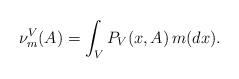
LaTeX: \begin{align*}\nu^V_m(A)= \int_V P_V(x,A)\,m(dx).\end{align*}